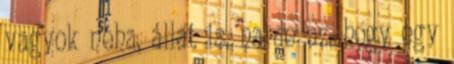
vagyok néha, állat is, na de az, hogy egy